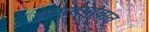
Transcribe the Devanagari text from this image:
वंणदगावात